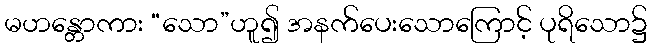
မဟန္တောကား “သော”ဟူ၍ အနက်ပေးသောကြောင့် ပုရိသော၌